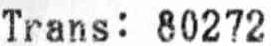
TRANS: 80272